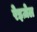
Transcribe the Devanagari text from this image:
रेइज़ेल